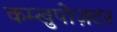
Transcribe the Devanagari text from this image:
कम्खुपोज़टर